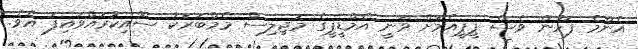
އެންމެ ފަހުން ވެސް ޕީޕީއެމަށް ވަނީ އެމްޑީޕީގެ މަޖިލިސް މެމްބަރަކު ސޮއިކުރައްވައިފަ އެވެ.